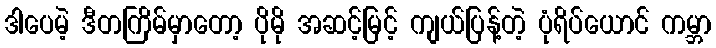
ဒါပေမဲ့ ဒီတကြိမ်မှာတော့ ပိုမို အဆင့်မြင့် ကျယ်ပြန့်တဲ့ ပုံရိပ်ယောင် ကမ္ဘာ